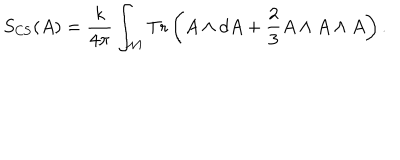
S _ { \mathrm { C S } } ( A ) = { \frac { k } { 4 \pi } } \int _ { \cal M } \mathrm { T r } \left( A \wedge d A + { \frac { 2 } { 3 } } A \wedge A \wedge A \right) .